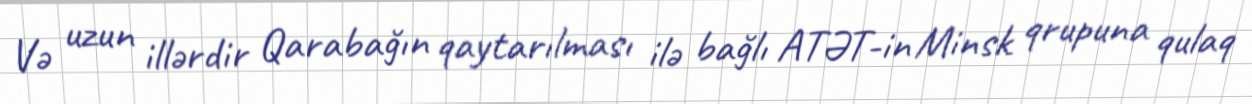
Və uzun illərdir Qarabağın qaytarılması ilə bağlı ATƏT-in Minsk qrupuna qulaq